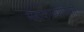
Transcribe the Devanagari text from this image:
महाकाव्यांपैकी